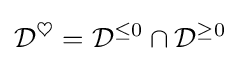
{\mathcal {D}}^{\heartsuit }={\mathcal {D}}^{\leq 0}\cap {\mathcal {D}}^{\geq 0}